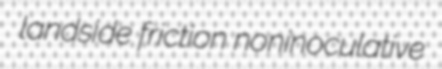
landside friction noninoculative